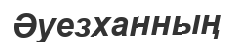
Әуезханның